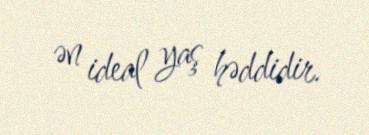
ən ideal yaş həddidir.